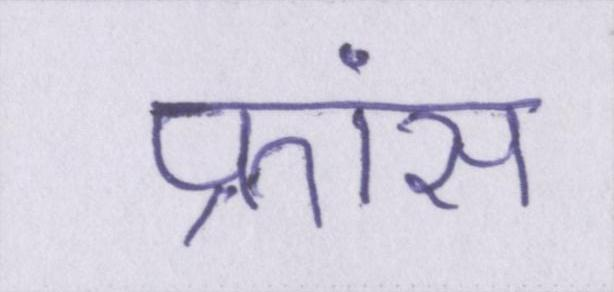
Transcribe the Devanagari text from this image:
फ्रांस